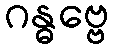
ဂန္ဓဗ္ဗေ